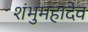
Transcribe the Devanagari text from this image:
शंभुमहादेव